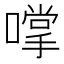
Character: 𫫮